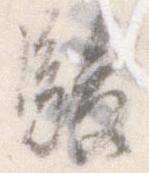
駿